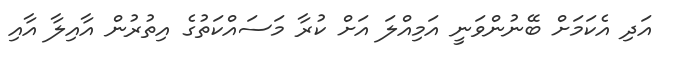
އަދި އެކަމަށް ބޭނުންވަނީ އަމިއްލަ އަށް ކުރާ މަސައްކަތުގެ އިތުރުން އާއިލާ އާއި